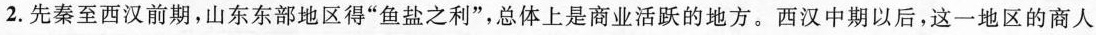
2.先秦至西汉前期，山东东部地区得”鱼盐之利”，总体上是商业活跃的地方。西汉中期以后，这一地区的商人